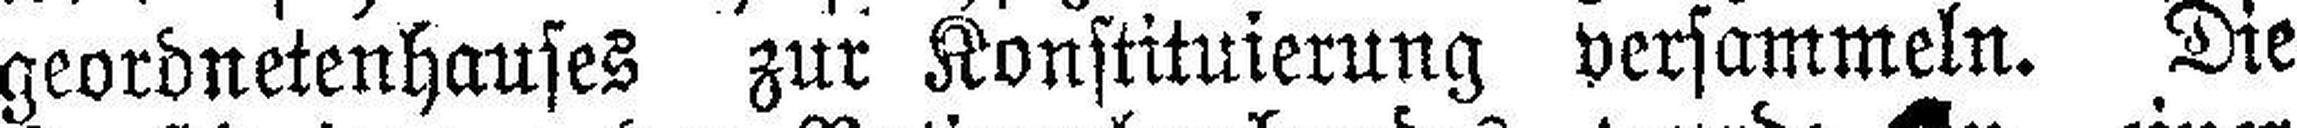
geordnetenhauses zur Konstituierung versammeln. Die